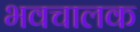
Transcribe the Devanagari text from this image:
भवचालक